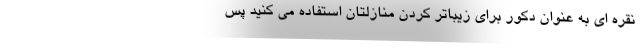
نقره ای به عنوان دکور برای زیباتر کردن منازلتان استفاده می کنید پس